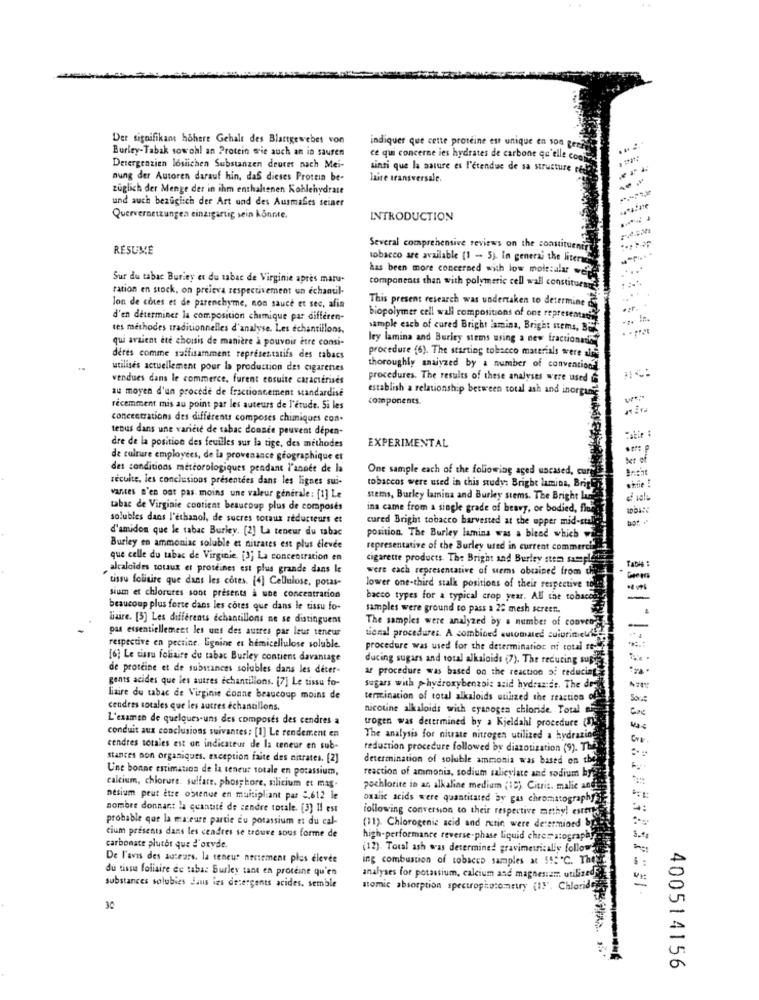
Der signifikant höhere Gehalt des Blartgewebes von
Burley-Tabak sowohl an Protein wie auch an in sauren
indiquer que cette proteine est unique en son Berk
ce qui concerne ies hydrates de carbone qu'elle conf
Detergenzien losiichen Substanzen deurer nach Mei-
ainsi que la nature es l'étendue de sa structure ce
nung der Autoren darauf hin, das dieses Protein be-
laire transversale.
züglich der Menge der in ihm enthaltenen Kohlehydrate
und auch bezüglich der Art und des Ausmafes seiner
Quervernetzungen einzigartig sein Könnte.
INTRODUCTION
RÉSUMÉ
Several comprehensive reviews on the constituenitt
tobacco are available (1 - 5). In general the liters".
has been more concerned with low molesalar we
Sur du tabac Buriey et du tabac de Virginie apres maru-
ration en stock, on preleva respectivement un echantil-
components than with polymeric cell wall constituent
This present research was undertaken to determine
lon de cores et de parenchyme, non sauce et sec, afin
.... .
d'en déterminer la composition chimique par differen-
biopolymer cell wall compositions of one representant
tes méthodes traditionnelles d'analyse. Les échantillons.
sample each of cured Bright lamina, Bright stems, BU
qui avaient ete choisis de manière à pouvoir être consi-
ley lamina and Burity stems using a new fractionation
procedure (6). The starting tobacco materials were all
deres comme suffisamment représentatifs des tabacs
utilises actuellement pour la production des cigarenes
thoroughly analyzed by a number of convention
vendues dans le commerce, furent ensuite caractérises
procedures. The results of these analyses were used
au moyen d'un procede de fractionnement standardise
establish a relationship between total ash and inorgine
components.
récemment mis au point par les auteurs de l'étude. 5i les
concentrations des différents composes chimiques con-
tenus dans une varicie de tabac donace peuvent depen-
EXPERIMENTAL
dre de la position des feuilles sur la tige, des méthodes
de culture employees, de la provenance géographique et
Sur of
des conditions meteorologiques pendant l'année de la
One sample each of the following aged uscased, cure
recuite, les conclusions presentees dans les lignes sui-
shfie !
tobaccos were used in this study: Bright lamina, Brigh
vantes n'en ost pas moins une valeur generale: [1] Le
stems, Burley lamina and Burley stems. The Bright Lun
tabac de Virginie contient beaucoup plus de composes
ina came from a single grade of heavy, or bodied, floz
solubles dans l'éthanol, de sucres totaux réducteurs et
d'amidon que le tabac Burley. [2] La teneur du tabac
cured Bright tobacco harvested at the upper mid-stall
position. The Burley lamina was a bleed which
Burley en ammoniac soluble et nitrates est plus élevée
representative of the Burley used in current commerci
que celle du tabac de Virginie. [3] La concentration en
cigarette products. The Bright and Burley stem sample
Table :
alcaloides totaux et proteines est plus grande dans le
were each representative of seems obrained from the
tissu folitire que dans les cotes. [4] Cellulose, potas-
lower one-third stalk positions of their respective tol
sium et chlorures sont presents a une concentration
bacco types for a typical crop year. All the tobaco
beaucoup plus forte dans les cotes que dans le tissu fo-
samples were ground to pass a 20 mesh screen.
liaire. [3] Les differents échantillons ne se distinguent
The samples were analyzed by a number of conven
pas essentiellement les uns des autres par leur teneur
tional procedures. A combined automated cuiurineuil
respective en pectine, Lignine et hemicellulose soluble.
procedure was used for the determination of total ne
[6] Le tissu foliaire du tabac Burley contiens davantage
ducing sugars and total alkaloids (7). The reducing super
de proteine et de substances solubles dans les deter-
ar procedure was based on the reaction of reducing,
gants acides que les autres échantillons. [7] Le tissu fo-
sugars with >hydroxybenzoic acid hydrazide. The do-
liaire du tabac de Virginie conne beaucoup moins de
termination of total alkaloids utilized the reaction of
cendres totales que les autres échantillons.
nicotine alkaloids with cyanogen chloride. Total
L'examen de quelques-uns des composés des cendres a
trogen was determined by a Kjeldahl procedure (1)
conduit aux conclusions suivantes: [1] Le rendement en
The analysis for niwate nitrogen utilized a hydrazine
cendres totales est un indicateur de la teneur en sub-
reduction procedure followed by diazotization (9). The
stances non organiques. exception faite des nitrates. [2]
determination of soluble ammonia was based on the
Une bonne estimation de la teneur totale en potassium,
reaction of ammonia, sodium salicylate and sodium byt
calcium, chlorure. sulfate, phosphore, silicium et mag-
pochlorite in an, alkaline medium (19). Citris. malie andi
nesium peut être obtenue en multipliant pas 2.612 le
oxalic acids were quantitated by gas chromatography
nombre donnant la quantité de cendre totale. [3] Il est
following conversion to their respective mathy! estoute
probable que la maceure partie du potassium et du cal-
(11). Chlorogenic acid and rutin were determined b
cium présents dans les cendres se trouve sous forme de
high-performance reverse-phase liquid chromatography
3.ª
carbonate plutôt que d'oxyde.
(12). Total ash was determined gravimetricaliy follow
De l'avis des auteurs. la teneur nestement plus élevée
ing combustion of tobacco samples at 55: "℃. The
. :
du tissu foliaire de taba: Burley tant en proteine qu'en
analyses for potassium, calcium and magnesium utilized
substances solubles Jaus ins detergents acides. semble
atomic absorption spectrophotometry (15". Chlorid
30
400514156